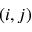
( i , j )